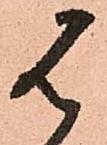
は